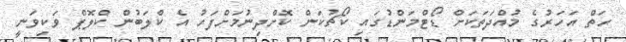
ހަތް އަހަރުގެ މުއްދަތަކަށް ޑޯޓްމަންޑުގައި ކޯޗުކަން ކޮށްދިނުމަށްފަހު އެ ކްލަބުން ކްލޮޕް ވަކިވަނީ